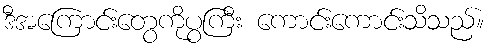
ဒီအကြောင်းတွေကိုပွကြီး ကောင်းကောင်းသိသည်။